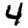
Digit: 4